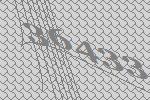
36433